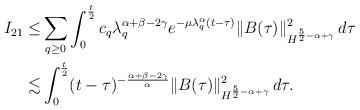
LaTeX: \begin{align*}I_{21}\leq& \sum_{q\geq0}\int_0^{\frac{t}2}c_q\lambda_q^{\alpha+\beta-2\gamma}e^{-\mu \lambda_q^\alpha (t-\tau)} \|B(\tau)\|^2_{H^{\frac52-\alpha+\gamma}}\, d\tau\\\lesssim& \int_0^{\frac{t}2} (t-\tau)^{-\frac{\alpha+\beta-2\gamma}{\alpha}} \|B(\tau)\|^2_{H^{\frac52-\alpha+\gamma}}\, d\tau.\end{align*}